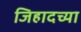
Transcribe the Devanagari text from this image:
जिहादच्या